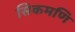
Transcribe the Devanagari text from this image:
सिकमणि